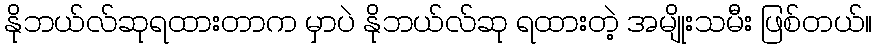
နိုဘယ်လ်ဆုရထားတာက မှာပဲ နိုဘယ်လ်ဆု ရထားတဲ့ အမျိုးသမီး ဖြစ်တယ်။